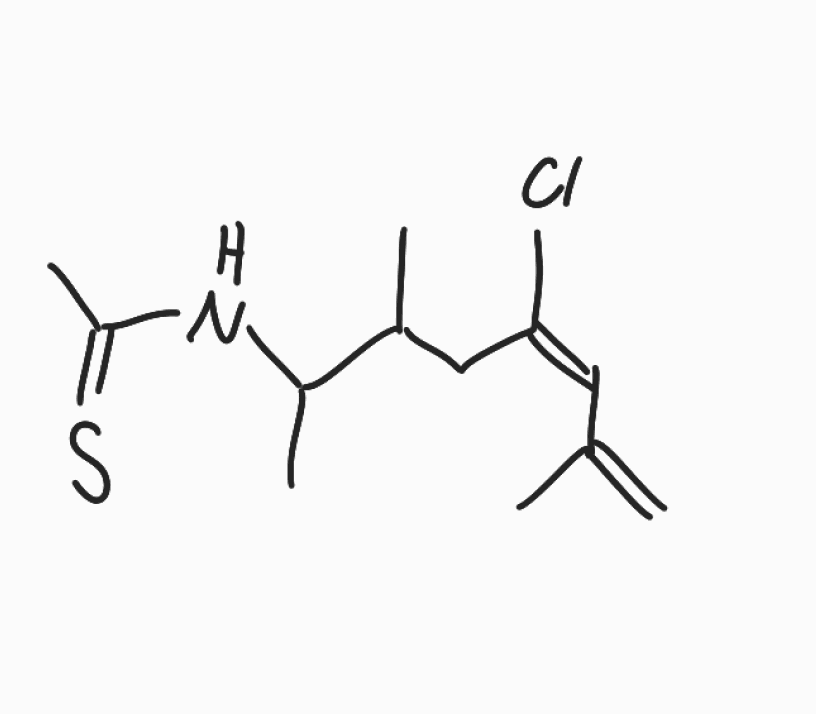
Simplified molecular-input line-entry system (SMILES) notation of the given molecule:
CC(C/C(=C\C(=C)C)/Cl)C(C)NC(=S)C